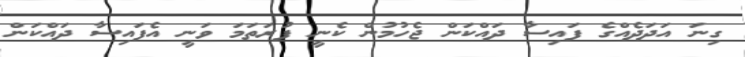
ގިނަ އަދަދެއްގެ ފައިސާ ދައްކަން ޖެހުމުން ކެނީ ފުރަތަމަ ވަނީ އެފައިސާ ދައްކަން